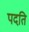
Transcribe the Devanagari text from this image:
पदति